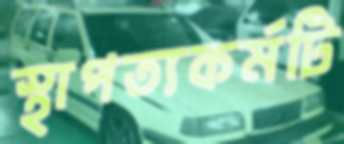
স্থাপত্যকর্মটি